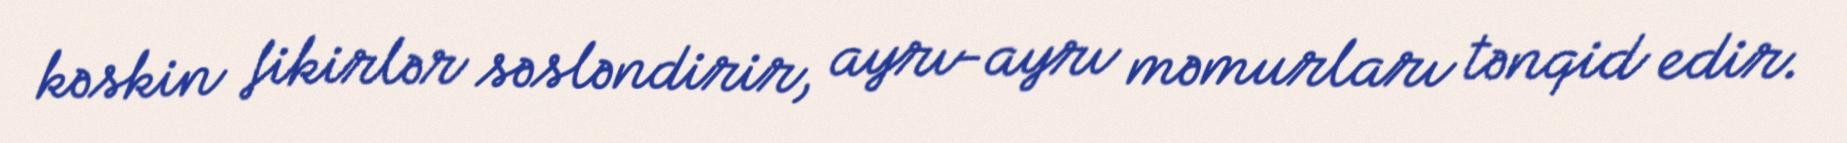
kəskin fikirlər səsləndirir, ayrı-ayrı məmurları tənqid edir.